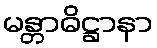
မန္တာဓိဋ္ဌာနာ